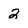
Character: 2